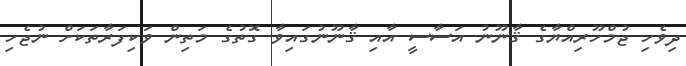
ދިވެހި ޖުމްހޫރިއްޔާގެ ޤާނޫނު އަސާސީ އާއި ޤާނޫނުގައިވާ ގޮތުގެ މަތިން ވަކިފަރާތަކަށް ނުޖެހި